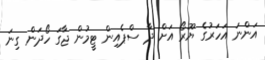
އަންނަ އަހަރުގެ ޔޫރޯ އަށް ދާ ސްޕެއިން ޓީމުން ޖާގަ ހޯދަން ގިނަ